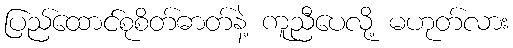
ပြည်ထောင်စုစိတ်ဓာတ်နဲ့ ကူညီပေလို့ မဟုတ်လား